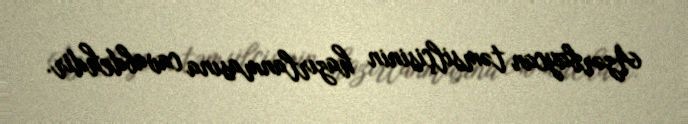
Azərbaycan təmsilçisinin hazırlanmasına cavabdehdir.